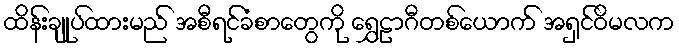
ထိန်းချုပ်ထားမည် အစီရင်ခံစာတွေကို ရွှေဠာဂီတစ်ယောက် အရှင်ဝိမလက